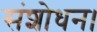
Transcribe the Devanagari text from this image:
संशोधन।